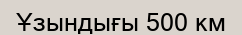
Ұзындығы 500 км